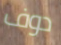
دوف